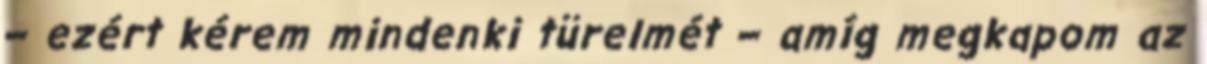
– ezért kérem mindenki türelmét – amíg megkapom az